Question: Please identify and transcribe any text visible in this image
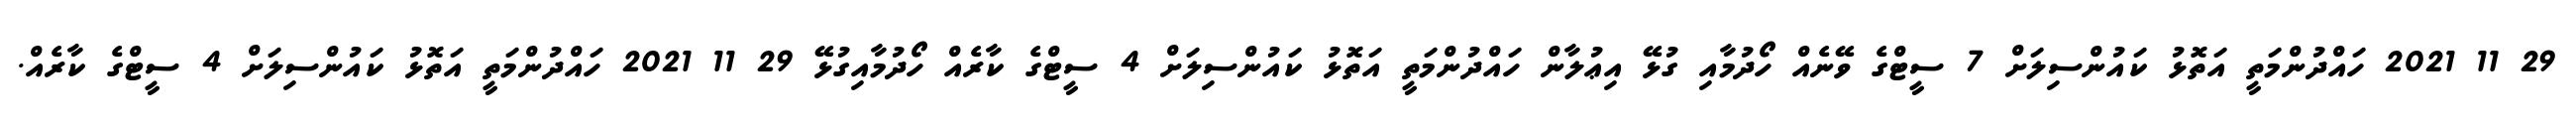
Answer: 29 11 2021 ހައްދުންމަތީ އަތޮޅު ކައުންސިލަށް 7 ސީޓްގެ ވޭނެއް ހޯދުމާއި ގުޅޭ އިޢުލާން ހައްދުންމަތީ އަތޮޅު ކައުންސިލަށް 4 ސީޓްގެ ކާރެއް ހޯދުމާއިގުޅޭ 29 11 2021 ހައްދުންމަތީ އަތޮޅު ކައުންސިލަށް 4 ސީޓްގެ ކާރެއް.